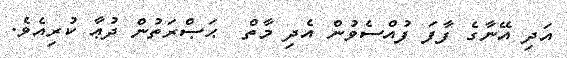
އަދި އޭނާގެ ފާފަ ފުއްސެވުން އެދި މާތް  ޙަޞްރަތުން ދުޢާ ކުރިއެވެ.